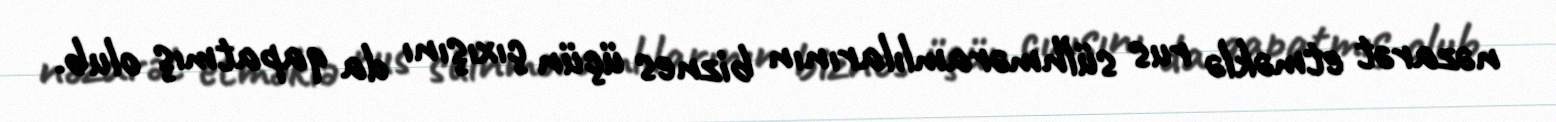
nəzarət etməklə rus sülhməramlılarının biznes üçün çıxışını da qapatmış olub.